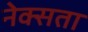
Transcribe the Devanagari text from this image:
नेक्सता